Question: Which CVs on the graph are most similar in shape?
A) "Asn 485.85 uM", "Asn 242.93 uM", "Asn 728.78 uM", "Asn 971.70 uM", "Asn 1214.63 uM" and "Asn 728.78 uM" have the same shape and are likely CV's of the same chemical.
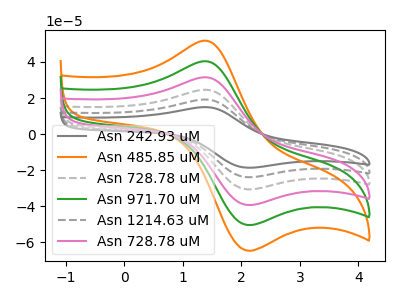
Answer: <think>The gray curve "Asn 242.93 uM" has an anodic peak at (1.35V, 202.10uA) and a cathodic peak at (2.05V, -250.60uA). The orange curve "Asn 485.85 uM" has an anodic peak at (1.35V, 51.85uA) and a cathodic peak at (2.05V, -64.25uA). The gray dashed curve "Asn 728.78 uM" has an anodic peak at (1.35V, 121.25uA) and a cathodic peak at (2.05V, -150.35uA). The green curve "Asn 971.70 uM" has an anodic peak at (1.35V, 40.40uA) and a cathodic peak at (2.05V, -50.10uA). The gray dashed curve "Asn 1214.63 uM" has an anodic peak at (1.35V, 161.70uA) and a cathodic peak at (2.05V, -200.45uA). The pink curve "Asn 728.78 uM" has an anodic peak at (1.35V, 80.85uA) and a cathodic peak at (2.05V, -100.25uA).
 All the peaks in "Asn 242.93 uM" have a peak in "Asn 485.85 uM" at the same potential. Every peak in "Asn 242.93 uM" is higher than every peak in "Asn 485.85 uM". All the peaks in "Asn 242.93 uM" have a peak in "Asn 728.78 uM" at the same potential. Every peak in "Asn 242.93 uM" is higher than every peak in "Asn 728.78 uM". All the peaks in "Asn 242.93 uM" have a peak in "Asn 971.70 uM" at the same potential. Every peak in "Asn 242.93 uM" is higher than every peak in "Asn 971.70 uM". All the peaks in "Asn 242.93 uM" have a peak in "Asn 1214.63 uM" at the same potential. Every peak in "Asn 242.93 uM" is higher than every peak in "Asn 1214.63 uM". All the peaks in "Asn 242.93 uM" have a peak in "Asn 728.78 uM" at the same potential. Every peak in "Asn 242.93 uM" is higher than every peak in "Asn 728.78 uM". All the peaks in "Asn 485.85 uM" have a peak in "Asn 728.78 uM" at the same potential. Every peak in "Asn 485.85 uM" is lower than every peak in "Asn 728.78 uM". All the peaks in "Asn 485.85 uM" have a peak in "Asn 971.70 uM" at the same potential. Every peak in "Asn 485.85 uM" is higher than every peak in "Asn 971.70 uM". All the peaks in "Asn 485.85 uM" have a peak in "Asn 1214.63 uM" at the same potential. Every peak in "Asn 485.85 uM" is lower than every peak in "Asn 1214.63 uM". All the peaks in "Asn 485.85 uM" have a peak in "Asn 728.78 uM" at the same potential. Every peak in "Asn 485.85 uM" is lower than every peak in "Asn 728.78 uM". All the peaks in "Asn 728.78 uM" have a peak in "Asn 971.70 uM" at the same potential. Every peak in "Asn 728.78 uM" is higher than every peak in "Asn 971.70 uM". All the peaks in "Asn 728.78 uM" have a peak in "Asn 1214.63 uM" at the same potential. Every peak in "Asn 728.78 uM" is lower than every peak in "Asn 1214.63 uM". All the peaks in "Asn 728.78 uM" have a peak in "Asn 728.78 uM" at the same potential. Every peak in "Asn 728.78 uM" is higher than every peak in "Asn 728.78 uM". All the peaks in "Asn 971.70 uM" have a peak in "Asn 1214.63 uM" at the same potential. Every peak in "Asn 971.70 uM" is lower than every peak in "Asn 1214.63 uM". All the peaks in "Asn 971.70 uM" have a peak in "Asn 728.78 uM" at the same potential. Every peak in "Asn 971.70 uM" is lower than every peak in "Asn 728.78 uM". All the peaks in "Asn 1214.63 uM" have a peak in "Asn 728.78 uM" at the same potential. Every peak in "Asn 1214.63 uM" is higher than every peak in "Asn 728.78 uM".</think>
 <answer>A) "Asn 485.85 uM", "Asn 242.93 uM", "Asn 728.78 uM", "Asn 971.70 uM", "Asn 1214.63 uM" and "Asn 728.78 uM" have the same shape and are likely CV's of the same chemical.</answer>
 <eval>A</eval>